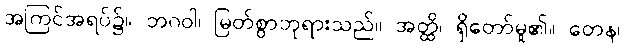
အကြင်အရပ်၌။ ဘဂဝါ၊ မြတ်စွာဘုရားသည်။ အတ္ထိ၊ ရှိတော်မူ၏။ တေန၊